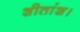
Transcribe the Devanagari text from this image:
शीतांश।